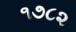
૧૭૮૨